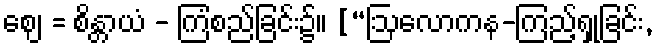
ဈေ = စိန္တာယံ - ကြံစည်ခြင်း၌။ [“ဩလောကန-ကြည့်ရှုခြင်း,